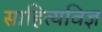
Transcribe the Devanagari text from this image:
साहित्यविज्ञ